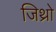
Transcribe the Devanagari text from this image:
जिथ्रो